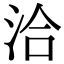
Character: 洽